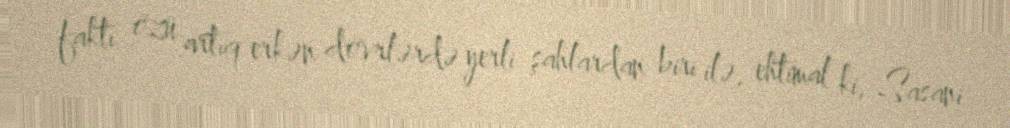
faktı özü artıq erkən dövrlərdə yerli şahlardan biri ilə, ehtimal ki, Sasani